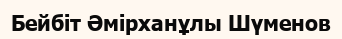
Бейбіт Әмірханұлы Шүменов